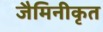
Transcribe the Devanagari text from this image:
जैमिनीकृत